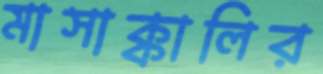
মাসাক্কালির